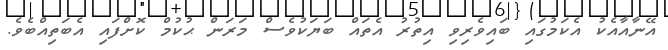
އޭނާއާއެކު އެކަމުގައި ބައިވެރިވި އިތުރު އެތައް ބަޔަކުވެސް މަރަން ޙުކުމް ކޮށްފައި އެބަތިއްބެވެ.